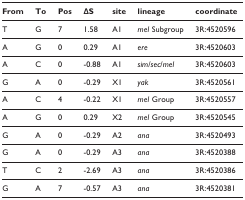
<table><thead><tr><td><b>From</b></td><td><b>To</b></td><td><b>Pos</b></td><td><b>ΔS</b></td><td><b>site</b></td><td><b>lineage</b></td><td><b>coordinate</b></td></tr></thead><tbody><tr><td>T</td><td>G</td><td>7</td><td>1.58</td><td>A1</td><td><i>mel </i>Subgroup</td><td>3R:4520596</td></tr><tr><td>A</td><td>G</td><td>0</td><td>0.29</td><td>A1</td><td><i>ere</i></td><td>3R:4520603</td></tr><tr><td>A</td><td>C</td><td>0</td><td>-0.88</td><td>A1</td><td><i>sim</i>/<i>sec</i>/<i>mel</i></td><td>3R:4520603</td></tr><tr><td>G</td><td>A</td><td>0</td><td>-0.29</td><td>X1</td><td><i>yak</i></td><td>3R:4520561</td></tr><tr><td>A</td><td>C</td><td>4</td><td>-0.22</td><td>X1</td><td><i>mel </i>Group</td><td>3R:4520557</td></tr><tr><td>A</td><td>G</td><td>0</td><td>0.29</td><td>X2</td><td><i>mel </i>Group</td><td>3R:4520545</td></tr><tr><td>G</td><td>A</td><td>0</td><td>-0.29</td><td>A2</td><td><i>ana</i></td><td>3R:4520493</td></tr><tr><td>G</td><td>A</td><td>0</td><td>-0.29</td><td>A3</td><td><i>ana</i></td><td>3R:4520388</td></tr><tr><td>T</td><td>C</td><td>2</td><td>-2.69</td><td>A3</td><td><i>ana</i></td><td>3R:4520386</td></tr><tr><td>G</td><td>A</td><td>7</td><td>-0.57</td><td>A3</td><td><i>ana</i></td><td>3R:4520381</td></tr></tbody></table>